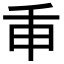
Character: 𢆍